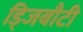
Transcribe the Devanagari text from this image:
ड्जिबौटी